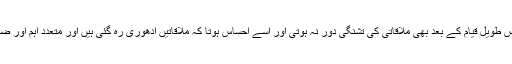
وہ خوش کلام ایسے تھے کہ ان کے پاس طویل قیام کے بعد بھی ملاقاتی کی تشنگی دور نہ ہوتی اور اسے احساس ہوتا کہ ملاقاتیں ادھوری رہ گئی ہیں اور متعدد اہم اور ضروری پہلو تو ابھی نا گفتہ رہ گئے ہیں۔